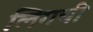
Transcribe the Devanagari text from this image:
लिगची